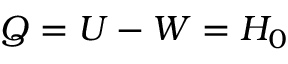
Q = U - W = H _ { 0 }